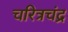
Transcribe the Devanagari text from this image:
चरित्रचंद्र